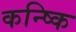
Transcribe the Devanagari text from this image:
कन्ष्कि